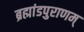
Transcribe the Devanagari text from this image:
ब्रह्मांडपुराणम्